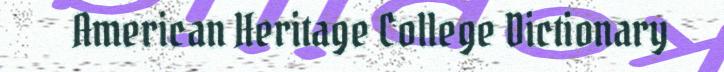
American Heritage College Dictionary